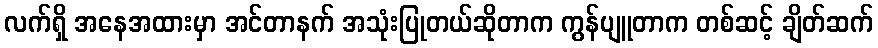
လက်ရှိ အနေအထားမှာ အင်တာနက် အသုံးပြုတယ်ဆိုတာက ကွန်ပျူတာက တစ်ဆင့် ချိတ်ဆက်